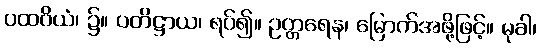
ပထဝိယံ၊ ၌။ ပတိဋ္ဌာယ၊ ရပ်၍။ ဥတ္တရေန၊ မြောက်အဖို့ဖြင့်။ မုခါ၊